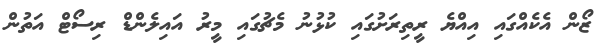
ޒޯން އެކެއްގައި އިއްޔެ ރީތިރަށުގައި ކުޅުނު މެޗުގައި މީރު އައިލެންޑް ރިސޯޓް އަތުން